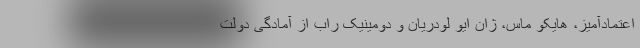
اعتمادآمیز، هایکو ماس، ژان ایو لودریان و دومینیک راب از آمادگی دولت